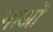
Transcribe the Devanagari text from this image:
नाओं